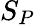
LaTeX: S_{P}